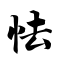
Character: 怯